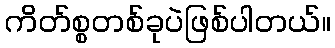
ကိတ်စ္စတစ်ခုပဲဖြစ်ပါတယ်။